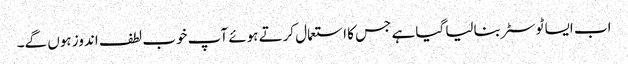
اب ایسا ٹوسٹر بنالیا گیا ہے جس کا استعمال کرتے ہوئے آپ خوب لطف اندوز ہوں گے۔